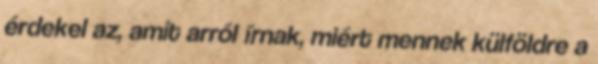
érdekel az, amit arról írnak, miért mennek külföldre a